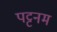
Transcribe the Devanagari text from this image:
पट्टनम